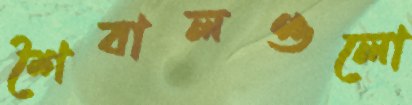
শৈবালগুলো